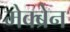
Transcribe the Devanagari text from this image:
मेक्ब्रेन